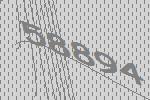
58894